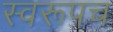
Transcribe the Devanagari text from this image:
स्वरूपच